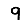
Digit: 9